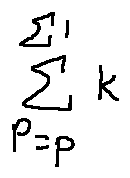
\sum \limits _ { P = p } ^ { \sum 1 } k